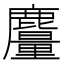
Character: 𪋥